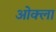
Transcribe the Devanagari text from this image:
ओक्ला